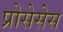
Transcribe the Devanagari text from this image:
प्रोसेसेस